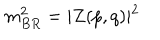
LaTeX: m _ { B R } ^ { 2 } = \vert { Z ( p , q ) } \vert ^ { 2 }